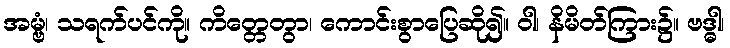
အမ္ဗံ၊ သရက်ပင်ကို။ ကိတ္တေတွာ၊ ကောင်းစွာပြေဆို၍။ ဝါ၊ နိမိတ်ကြား၌။ ဗဒ္ဓါ၊